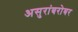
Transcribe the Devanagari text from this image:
असुरांबरोबर